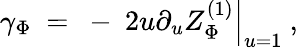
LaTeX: \gamma_{\Phi}~=~-~\left.2u\partial_{u}Z_{\Phi}^{(1)}\right|_{u=1}~,